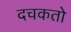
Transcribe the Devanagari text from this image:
दचकतो